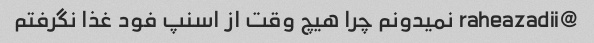
@raheazadii نمیدونم چرا هیچ وقت از اسنپ فود غذا نگرفتم